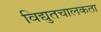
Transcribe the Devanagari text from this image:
विद्युतचालकता